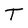
Character: T